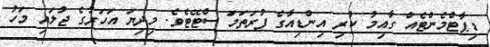
ޑިޕާޓްމެންޓެއް ގާއިމު ކުރި އިންޑިއާގެ ފުރަތަމަ ސްޓޭޓެވެ. މިދިޔަ އަހަރުގެ ޖުލައި މަހު